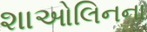
શાઓલિનના